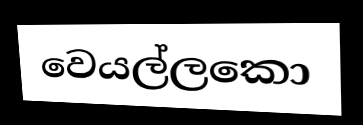
වෙයල්ලකො